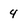
Character: 4